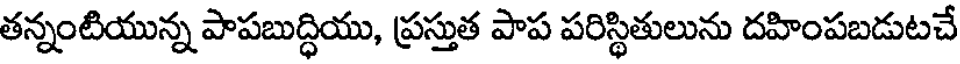
తన్నంటియున్న పాపబుద్ధియు, ప్రస్తుత పాప పరిస్థితులును దహింపబడుటచే